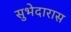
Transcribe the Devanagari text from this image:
सुभेदारास